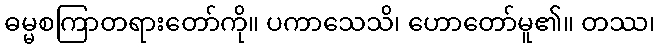
ဓမ္မစကြာတရားတော်ကို။ ပကာသေသိ၊ ဟောတော်မူ၏။ တဿ၊